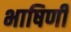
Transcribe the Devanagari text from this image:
भाषिणी